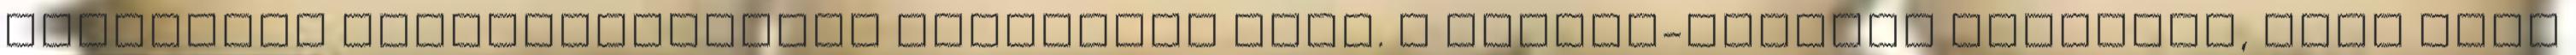
Monarchia borkereskedelmi központja volt. A Kárpát-medence borainak, több mint